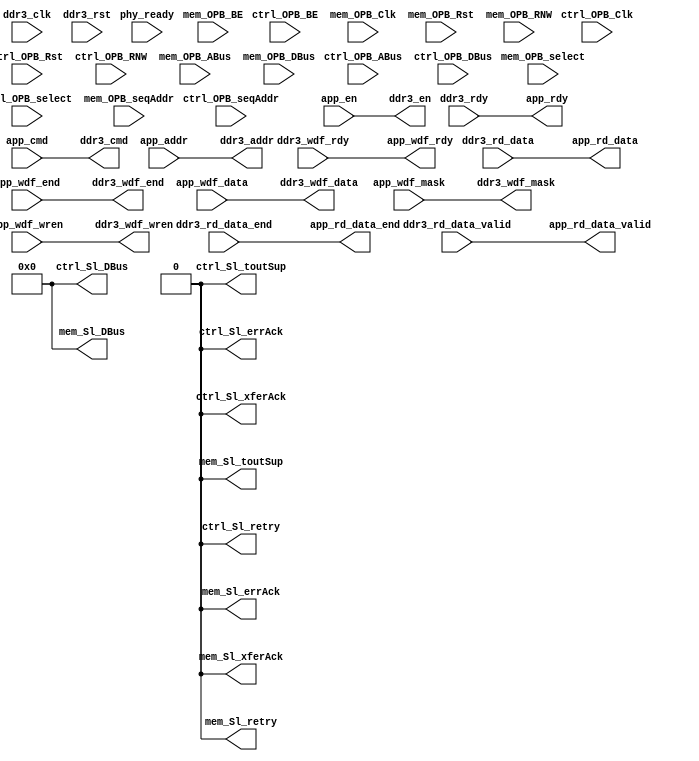
module opb_ddr3_sniffer #(
    parameter ENABLE          = 0,
    parameter CTRL_C_BASEADDR = 0,
    parameter CTRL_C_HIGHADDR = 0,
    parameter MEM_C_BASEADDR  = 0,
    parameter MEM_C_HIGHADDR  = 0
  )(
    input         ctrl_OPB_Clk,
    input         ctrl_OPB_Rst,
    output [0:31] ctrl_Sl_DBus,
    output        ctrl_Sl_errAck,
    output        ctrl_Sl_retry,
    output        ctrl_Sl_toutSup,
    output        ctrl_Sl_xferAck,
    input  [0:31] ctrl_OPB_ABus,
    input   [0:3] ctrl_OPB_BE,
    input  [0:31] ctrl_OPB_DBus,
    input         ctrl_OPB_RNW,
    input         ctrl_OPB_select,
    input         ctrl_OPB_seqAddr,

    input         mem_OPB_Clk,
    input         mem_OPB_Rst,
    output [0:31] mem_Sl_DBus,
    output        mem_Sl_errAck,
    output        mem_Sl_retry,
    output        mem_Sl_toutSup,
    output        mem_Sl_xferAck,
    input  [0:31] mem_OPB_ABus,
    input   [0:3] mem_OPB_BE,
    input  [0:31] mem_OPB_DBus,
    input         mem_OPB_RNW,
    input         mem_OPB_select,
    input         mem_OPB_seqAddr,

    input  ddr3_clk,
    input  ddr3_rst,
    input  phy_ready,

    //DDR3_CTRL BUS - to/from controller
    input          ddr3_rdy,           // ddr3 ready for commands
    input          ddr3_wdf_rdy,       // write data fifo ready
    input  [287:0] ddr3_rd_data,       // read data from ddr3
    input          ddr3_rd_data_valid, // read data valid
    input          ddr3_rd_data_end,   // last read data 
	
    output   [2:0] ddr3_cmd,           // ddr3 command - 000=write, 001=read
    output  [31:0] ddr3_addr,          // ddr3 address
    output         ddr3_en,            // strobe for command and address
    output [287:0] ddr3_wdf_data,      // write data to ddr3
    output  [35:0] ddr3_wdf_mask,      // write data mask
    output         ddr3_wdf_end,       // last write data
    output         ddr3_wdf_wren,      // strobe write data

    //DDR3_APP BUS - to/from async fifo
    input    [2:0] app_cmd,         
    input   [31:0] app_addr,
    input          app_en,          
    input  [287:0] app_wdf_data,
    input   [35:0] app_wdf_mask,
    input          app_wdf_end,     
    input          app_wdf_wren,    

    output         app_rdy,         
    output         app_wdf_rdy,    
    output [287:0] app_rd_data,
    output         app_rd_data_valid,
    output         app_rd_data_end  
  );
generate if (ENABLE) begin : sniffer_enabled

  wire [15:0] software_address_bits;

  ddr3_ctrl_opb_attach #(
    .C_BASEADDR   (CTRL_C_BASEADDR),
    .C_HIGHADDR   (CTRL_C_HIGHADDR)
  ) ddr3_ctrl_opb_attach_inst (
    .OPB_Clk     (ctrl_OPB_Clk),
    .OPB_Rst     (ctrl_OPB_Rst),
    .Sl_DBus     (ctrl_Sl_DBus),
    .Sl_errAck   (ctrl_Sl_errAck),
    .Sl_retry    (ctrl_Sl_retry),
    .Sl_toutSup  (ctrl_Sl_toutSup),
    .Sl_xferAck  (ctrl_Sl_xferAck),
    .OPB_ABus    (ctrl_OPB_ABus),
    .OPB_BE      (ctrl_OPB_BE),
    .OPB_DBus    (ctrl_OPB_DBus),
    .OPB_RNW     (ctrl_OPB_RNW),
    .OPB_select  (ctrl_OPB_select),
    .OPB_seqAddr (ctrl_OPB_seqAddr),

    .software_address_bits (software_address_bits),
    .phy_ready             (phy_ready)
  );

  wire   [2:0] sniff_cmd;
  wire  [31:0] sniff_addr;
  wire         sniff_en;       
  wire [287:0] sniff_wdf_data;
  wire  [35:0] sniff_wdf_mask;
  wire         sniff_wdf_wren; 
  wire         sniff_wdf_end;
  wire         sniff_rdy;
  wire         sniff_wdf_rdy;
  wire [287:0] sniff_rd_data;
  wire         sniff_rd_data_valid;
  wire         sniff_rd_data_end;

  ddr3_mem_opb_attach #(
    .C_BASEADDR   (MEM_C_BASEADDR),
    .C_HIGHADDR   (MEM_C_HIGHADDR)
  ) ddr3_mem_opb_attach_inst (
    .OPB_Clk     (mem_OPB_Clk),
    .OPB_Rst     (mem_OPB_Rst),
    .Sl_DBus     (mem_Sl_DBus),
    .Sl_errAck   (mem_Sl_errAck),
    .Sl_retry    (mem_Sl_retry),
    .Sl_toutSup  (mem_Sl_toutSup),
    .Sl_xferAck  (mem_Sl_xferAck),
    .OPB_ABus    (mem_OPB_ABus),
    .OPB_BE      (mem_OPB_BE),
    .OPB_DBus    (mem_OPB_DBus),
    .OPB_RNW     (mem_OPB_RNW),
    .OPB_select  (mem_OPB_select),
    .OPB_seqAddr (mem_OPB_seqAddr),

    .ddr3_clk     (ddr3_clk),
    .ddr3_rst     (ddr3_rst),

    .ddr3_cmd           (sniff_cmd),
    .ddr3_addr          (sniff_addr),
    .ddr3_en            (sniff_en),
    .ddr3_wdf_data      (sniff_wdf_data),
    .ddr3_wdf_mask      (sniff_wdf_mask),
    .ddr3_wdf_end       (sniff_wdf_end),
    .ddr3_wdf_wren      (sniff_wdf_wren),
    .ddr3_rdy           (sniff_rdy),
    .ddr3_wdf_rdy       (sniff_wdf_rdy),
    .ddr3_rd_data       (sniff_rd_data),
    .ddr3_rd_data_valid (sniff_rd_data_valid),
    .ddr3_rd_data_end   (sniff_rd_data_end)

  );
  
  wire [31:0] sniff_cmd_addr = {software_address_bits[8:0], sniff_addr[19:0], 3'b0};
  /* TODO: finalize the software address width */

  /* No Pipelining */
/*   wire   [2:0] ddr3_cmd_int;
  wire  [31:0] ddr3_addr_int;
  wire         ddr3_en_int;
  wire [287:0] ddr3_wdf_data_int;
  wire  [35:0] ddr3_wdf_mask_int;
  wire         ddr3_wdf_end_int;
  wire         ddr3_wdf_wren_int;

  assign ddr3_cmd        = ddr3_cmd_int;
  assign ddr3_addr       = ddr3_addr_int;
  assign ddr3_en         = ddr3_en_int;
  assign ddr3_wdf_data   = ddr3_wdf_data_int;
  assign ddr3_wdf_mask   = ddr3_wdf_mask_int;
  assign ddr3_wdf_end    = ddr3_wdf_end_int;
  assign ddr3_wdf_wren   = ddr3_wdf_wren_int; */

  ddr3_arbiter ddr3_arbiter(
    .clk(ddr3_clk),
    .rst(ddr3_rst),
    // outputs to ddr3
    .master_cmd           (ddr3_cmd),
    .master_addr          (ddr3_addr),
    .master_en            (ddr3_en),
    .master_wdf_data      (ddr3_wdf_data),
    .master_wdf_mask      (ddr3_wdf_mask),
    .master_wdf_end       (ddr3_wdf_end),
    .master_wdf_wren      (ddr3_wdf_wren),
	// inputs from ddr3
    .master_rdy           (ddr3_rdy),
    .master_wdf_rdy       (ddr3_wdf_rdy),
    .master_rd_data       (ddr3_rd_data),
    .master_rd_data_valid (ddr3_rd_data_valid),
    .master_rd_data_end   (ddr3_rd_data_end),
    // sniffer inputs
    .slave1_cmd           (sniff_cmd),
    .slave1_addr          (sniff_cmd_addr),
    .slave1_en            (sniff_en),
    .slave1_wdf_data      (sniff_wdf_data),
    .slave1_wdf_mask      (sniff_wdf_mask),
    .slave1_wdf_end       (sniff_wdf_end),
    .slave1_wdf_wren      (sniff_wdf_wren),
    // sniffer outputs
    .slave1_rdy           (sniff_rdy),
    .slave1_wdf_rdy       (sniff_wdf_rdy),
    .slave1_rd_data       (sniff_rd_data),
    .slave1_rd_data_valid (sniff_rd_data_valid),
    .slave1_rd_data_end   (sniff_rd_data_end),
    // inputs from async fifo
    .slave0_cmd           (app_cmd),
    .slave0_addr          (app_addr),
    .slave0_en            (app_en),
    .slave0_wdf_data      (app_wdf_data),
    .slave0_wdf_mask      (app_wdf_mask),
    .slave0_wdf_end       (app_wdf_end),
    .slave0_wdf_wren      (app_wdf_wren),
	// outputs to async fifo
    .slave0_rdy           (app_rdy),
    .slave0_wdf_rdy       (app_wdf_rdy),
    .slave0_rd_data       (app_rd_data),
    .slave0_rd_data_valid (app_rd_data_valid),
    .slave0_rd_data_end   (app_rd_data_end)

	);
  
end else begin : sniffer_disabled
  assign ctrl_Sl_DBus    = 32'b0;
  assign ctrl_Sl_errAck  = 1'b0;
  assign ctrl_Sl_retry   = 1'b0;
  assign ctrl_Sl_toutSup = 1'b0;
  assign ctrl_Sl_xferAck = 1'b0;

  assign mem_Sl_DBus     = 32'b0;
  assign mem_Sl_errAck   = 1'b0;
  assign mem_Sl_retry    = 1'b0;
  assign mem_Sl_toutSup  = 1'b0;
  assign mem_Sl_xferAck  = 1'b0;

  // map through
  assign ddr3_cmd          = app_cmd;
  assign ddr3_addr         = app_addr;
  assign ddr3_en           = app_en;
  assign ddr3_wdf_data     = app_wdf_data;
  assign ddr3_wdf_mask     = app_wdf_mask;
  assign ddr3_wdf_end      = app_wdf_end;
  assign ddr3_wdf_wren     = app_wdf_wren;

  assign app_rdy           = ddr3_rdy;
  assign app_wdf_rdy       = ddr3_wdf_rdy;
  assign app_rd_data       = ddr3_rd_data;
  assign app_rd_data_valid = ddr3_rd_data_valid;
  assign app_rd_data_end   = ddr3_rd_data_end;
 
end endgenerate

endmodule